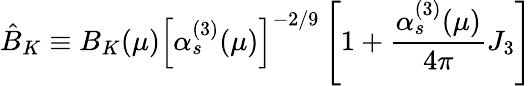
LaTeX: \hat{B}_{K}\equiv B_{K}(\mu)\left[\alpha_{s}^{(3)}(\mu)\right]^{-2/9}\left[1+\frac{\alpha_{s}^{(3)}(\mu)}{4\pi}J_{3}\right]